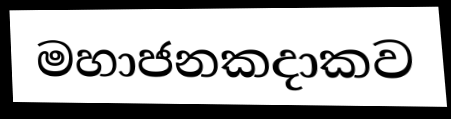
මහාජනකදාකව